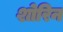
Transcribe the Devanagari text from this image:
शोरिन